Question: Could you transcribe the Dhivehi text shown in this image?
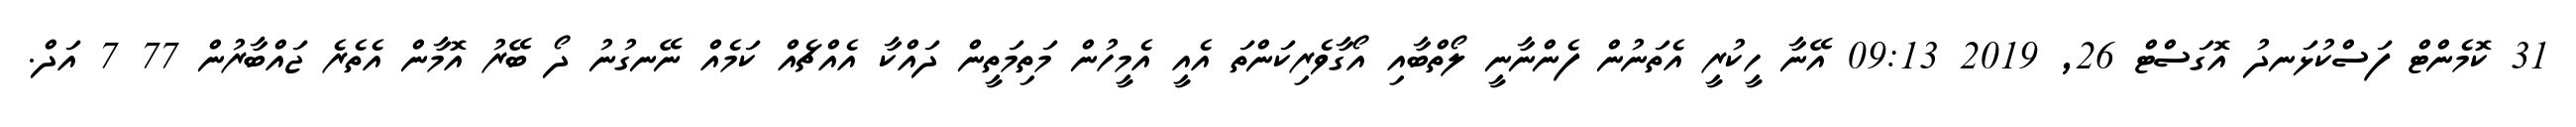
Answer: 31 ކޮމެންޓް ފަސްކުޅަނދު އޮގަސްޓް 26, 2019 09:13 އޭނާ ހީކުރީ އެތަނުން ފެންނާނީ ލޯތްބާއި އޯގާވެރިކަންތަ އެއީ އެމީހުން މަތިމަތީން ދައްކާ އެއްޗެއް ކަމެއް ނޭނގުނު ދޯ ބޭރު އޮމާން އެތެރެ ޖައްބާރުން 77 7 އަދް.